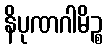
နိပုဏဂါမိဉ္စ